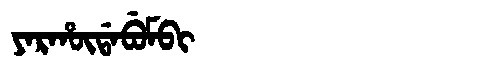
Manchu: ᠶᠠᡵᡥᡡᡩᠠᠪᡠᠮᠪᡳ
Romanization: YARHŪDABUMBI